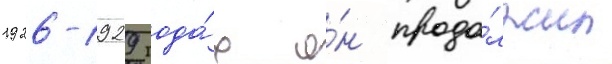
1926-1929 года́х о́н продо́лжил